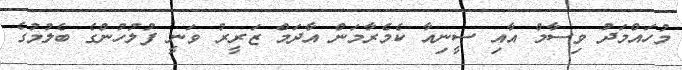
މުހައްމަދު ވިސާމް އާއި ސީނިއާ ކެމެރާމަން އާދަމް ޒަރީރު ވަނީ ފުލުހުންގެ ބެލުމުގެ